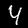
Label: 4